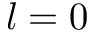
l = 0